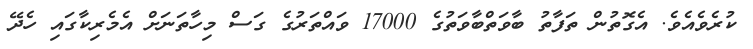
ކުރެވެއެވެ. އެގޮތުން ތަފާތު ބާވަތްބާވަތުގެ 17000 ވައްތަރުގެ ގަސް މިހާތަނަށް އެމެރިކާގައި ހެދޭ